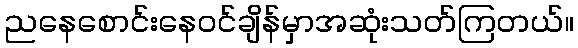
ညနေစောင်းနေဝင်ချိန်မှာအဆုံးသတ်ကြတယ်။